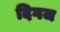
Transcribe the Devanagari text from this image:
दिगज